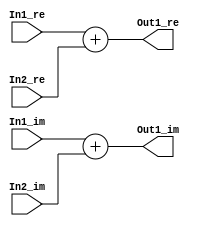
// -------------------------------------------------------------
// 
// 
// Generated by MATLAB 9.8 and HDL Coder 3.16
// 
// -------------------------------------------------------------


// -------------------------------------------------------------
// 
// Module: Complex_Sum2_block4
// Source Path: newhope_cambios/FDHT/DFT/DFT10 - block/DFT5-row 2/DFT5-1/Complex-Sum2
// Hierarchy Level: 5
// 
// -------------------------------------------------------------

`timescale 1 ns / 1 ns

module Complex_Sum2_block4
          (In1_re,
           In1_im,
           In2_re,
           In2_im,
           Out1_re,
           Out1_im);


  input   signed [36:0] In1_re;  // sfix37_En22
  input   signed [36:0] In1_im;  // sfix37_En22
  input   signed [36:0] In2_re;  // sfix37_En22
  input   signed [36:0] In2_im;  // sfix37_En22
  output  signed [36:0] Out1_re;  // sfix37_En22
  output  signed [36:0] Out1_im;  // sfix37_En22


  wire signed [36:0] Sum_out1;  // sfix37_En22
  wire signed [36:0] Sum1_out1;  // sfix37_En22


  assign Sum_out1 = In1_re + In2_re;



  assign Out1_re = Sum_out1;

  assign Sum1_out1 = In1_im + In2_im;



  assign Out1_im = Sum1_out1;

endmodule  // Complex_Sum2_block4